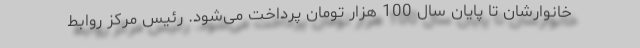
خانوارشان تا پایان سال 100 هزار تومان پرداخت می‌شود. رئیس مرکز روابط